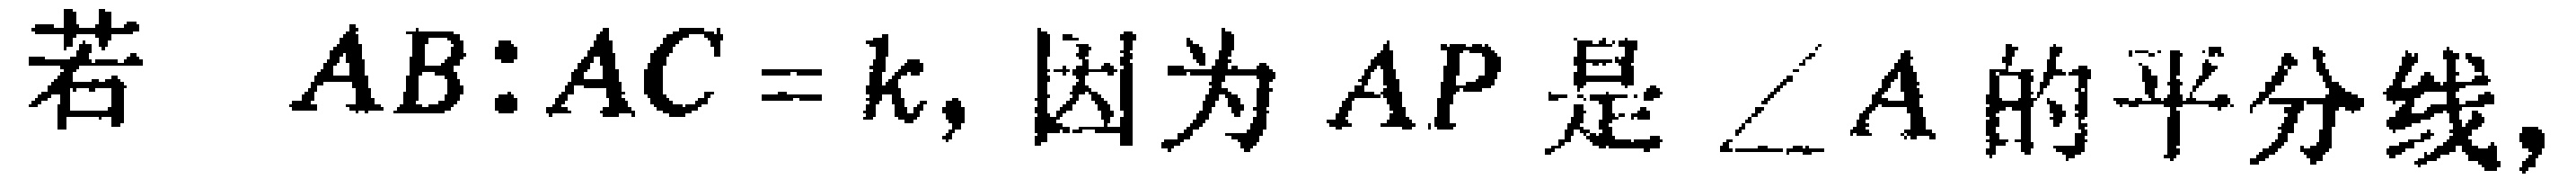
若 \(AB:AC = k\)，因为 \(AP\) 是 \(\angle A\) 的平分线，